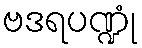
ဗဒရပဏ္ဍုံ